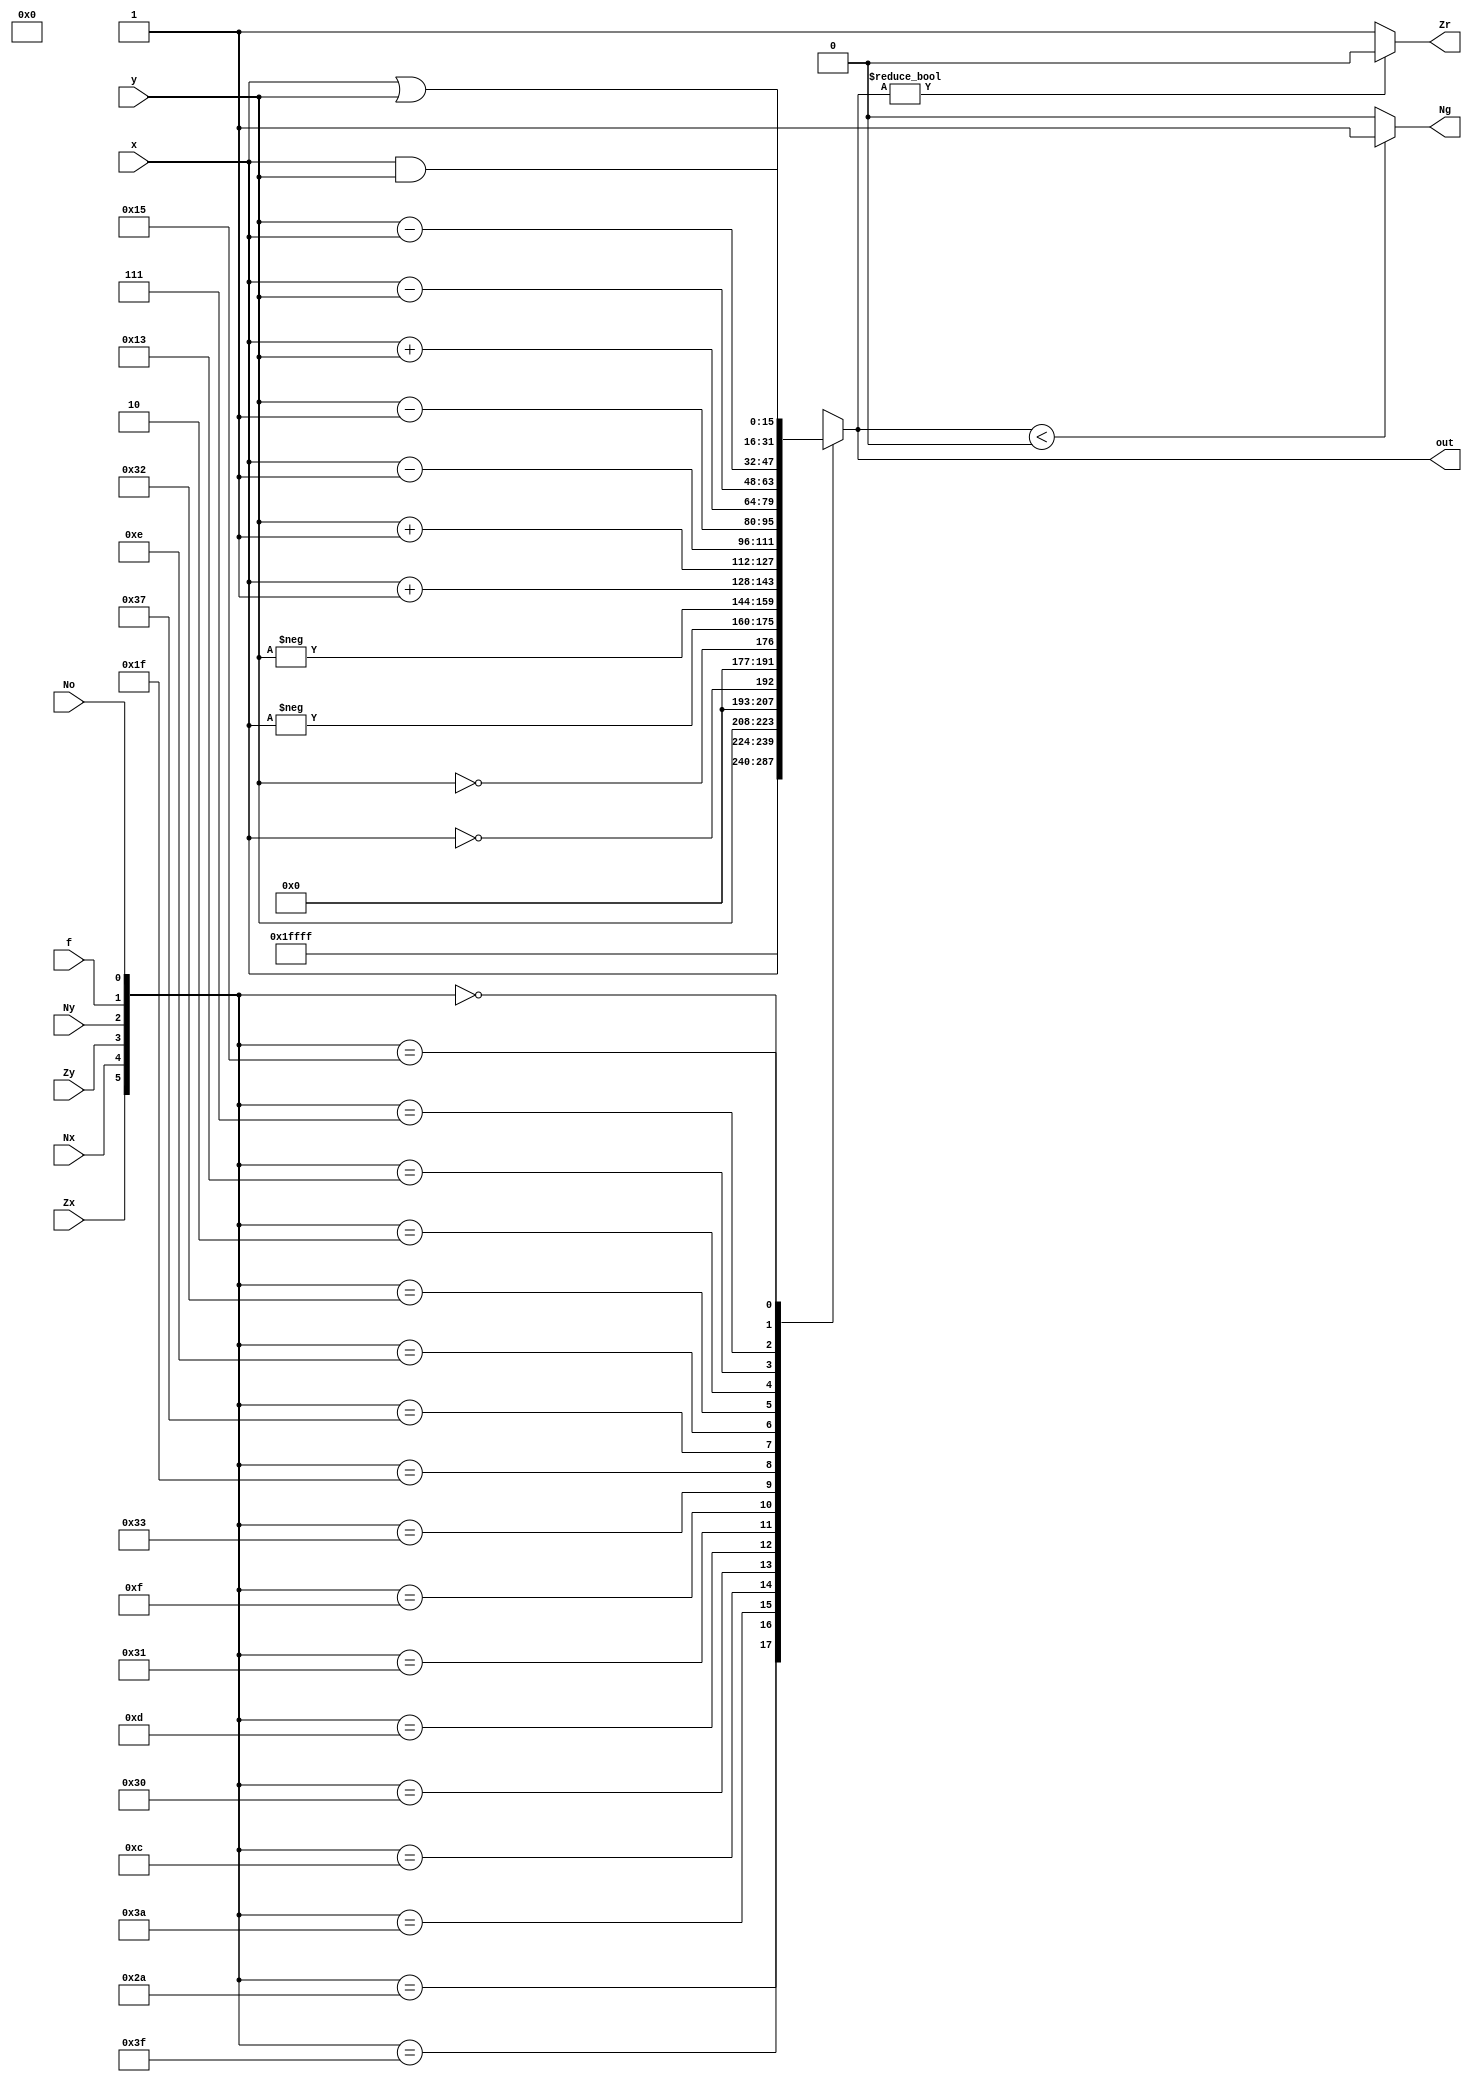
module ALU(
    input Zx,
    input Nx,
    input Zy,
    input Ny,
    input f,
    input No,
    input [15:0]x,y,
    output reg [15:0]out,
    output Zr, Ng
);

always@(*) begin
case ({Zx,Nx,Zy,Ny,f,No})
    6'b101010 : out <= 0;
    6'b111111 : out <= 1;
    6'b111010 : out <= -1;
    6'b001100 : out <= x;
    6'b110000 : out <= y;
    6'b001101 : out <= !x;
    6'b110001 : out <= !y;
    6'b001111 : out <= -x;
    6'b110011 : out <= -y;
    6'b011111 : out <= x+1;
    6'b110111 : out <= y+1;
    6'b001110 : out <= x-1;
    6'b110010 : out <= y-1;
    6'b000010 : out <= x+y;
    6'b010011 : out <= x-y;
    6'b000111 : out <= y-x;
    6'b000000 : out <= x&y;
    6'b010101 : out <= x|y;
    default : out <= 6'bxxxxxx;
endcase
end

assign Zr = (out) ? 1'b0 : 1'b1;
assign Ng = (out<0) ? 1'b1 : 1'b0;
endmodule